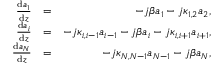
\begin{array} { r l r } { \frac { \mathrm { d } a _ { 1 } } { \mathrm { d } z } } & { = } & { - j \beta a _ { 1 } - j \kappa _ { 1 , 2 } a _ { 2 } , } \\ { \frac { \mathrm { d } a _ { i } } { \mathrm { d } z } } & { = } & { - j \kappa _ { i , i - 1 } a _ { i - 1 } - j \beta a _ { i } - j \kappa _ { i , i + 1 } a _ { i + 1 } , } \\ { \frac { \mathrm { d } a _ { N } } { \mathrm { d } z } } & { = } & { - j \kappa _ { N , N - 1 } a _ { N - 1 } - j \beta a _ { N } , } \end{array}